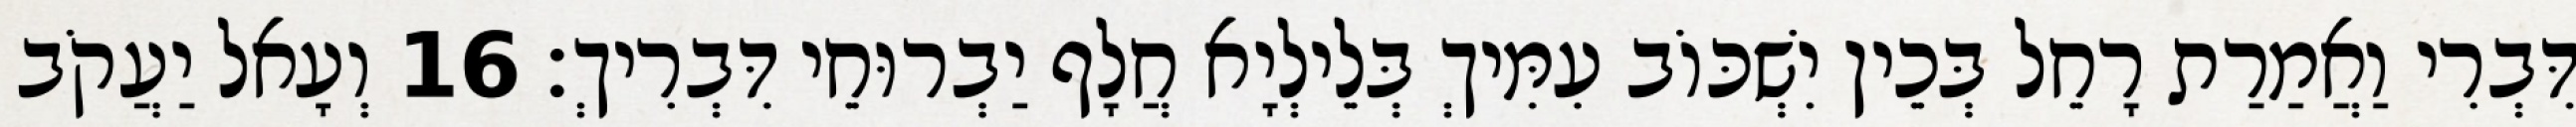
דִּבְרִי וַאֲמַרַת רָחֵל בְּכֵין יִשְׁכּוֹב עִמִּיךְ בְּלֵילְיָא חֲלָף יַבְרוּחֵי דִּבְרִיךְ׃ 16 וְעָאל יַעֲקֹב